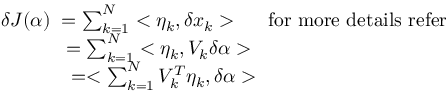
\begin{array} { l } { \delta J ( \alpha ) \; = \sum _ { k = 1 } ^ { N } < \eta _ { k } , \delta x _ { k } > \; \; \; \mathrm { \; ~ f o r ~ m o r e ~ d e t a i l s ~ r e f e r ~ } } \\ { \; \; \; \; \; \; \; \; \; \; \; \; = \sum _ { k = 1 } ^ { N } < \eta _ { k } , V _ { k } \delta \alpha > } \\ { \; \; \; \; \; \; \; \; \; \; \; \; \; = < \sum _ { k = 1 } ^ { N } V _ { k } ^ { T } \eta _ { k } , \delta \alpha > } \end{array}